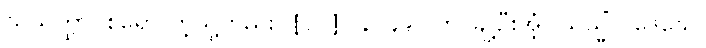
သသတ္ထာဝစရော ကဲ့သို့တည်း။ [၀၁] (နိ-၄၉) ဟိ၊ ချဲ့ဦးအံ့။ ယသ္မိံ ပဒေသေ၊